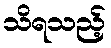
သိရသည့်